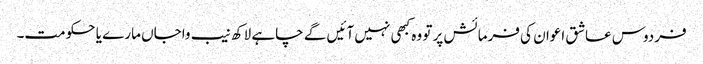
فردوس عاشق اعوان کی فرمائش پر تو وہ کبھی نہیں آئیں گے چاہے لاکھ نیب واجاں مارے یا حکومت۔